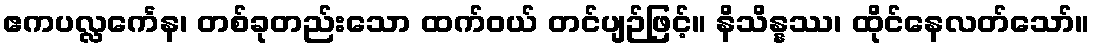
ဧကပလ္လင်္ကေန၊ တစ်ခုတည်းသော ထက်ဝယ် တင်ပျဉ်ဖြင့်။ နိသိန္နဿ၊ ထိုင်နေလတ်သော်။